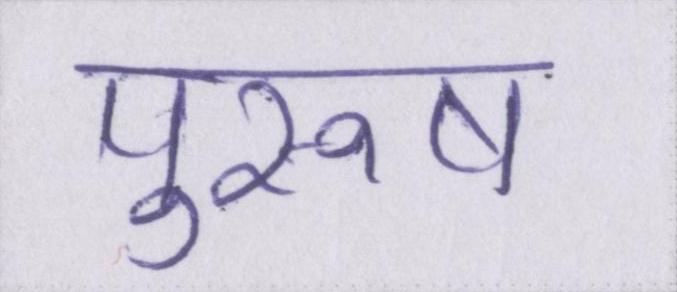
पुरूष